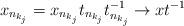
LaTeX: \begin{align*}x_{n_{k_j}} = x_{n_{k_j}}t_{n_{k_j}}t_{n_{k_j}}^{-1} \to xt^{-1}\end{align*}